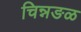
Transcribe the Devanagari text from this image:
चिन्नङळ